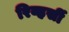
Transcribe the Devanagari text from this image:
रिव्हर्सी